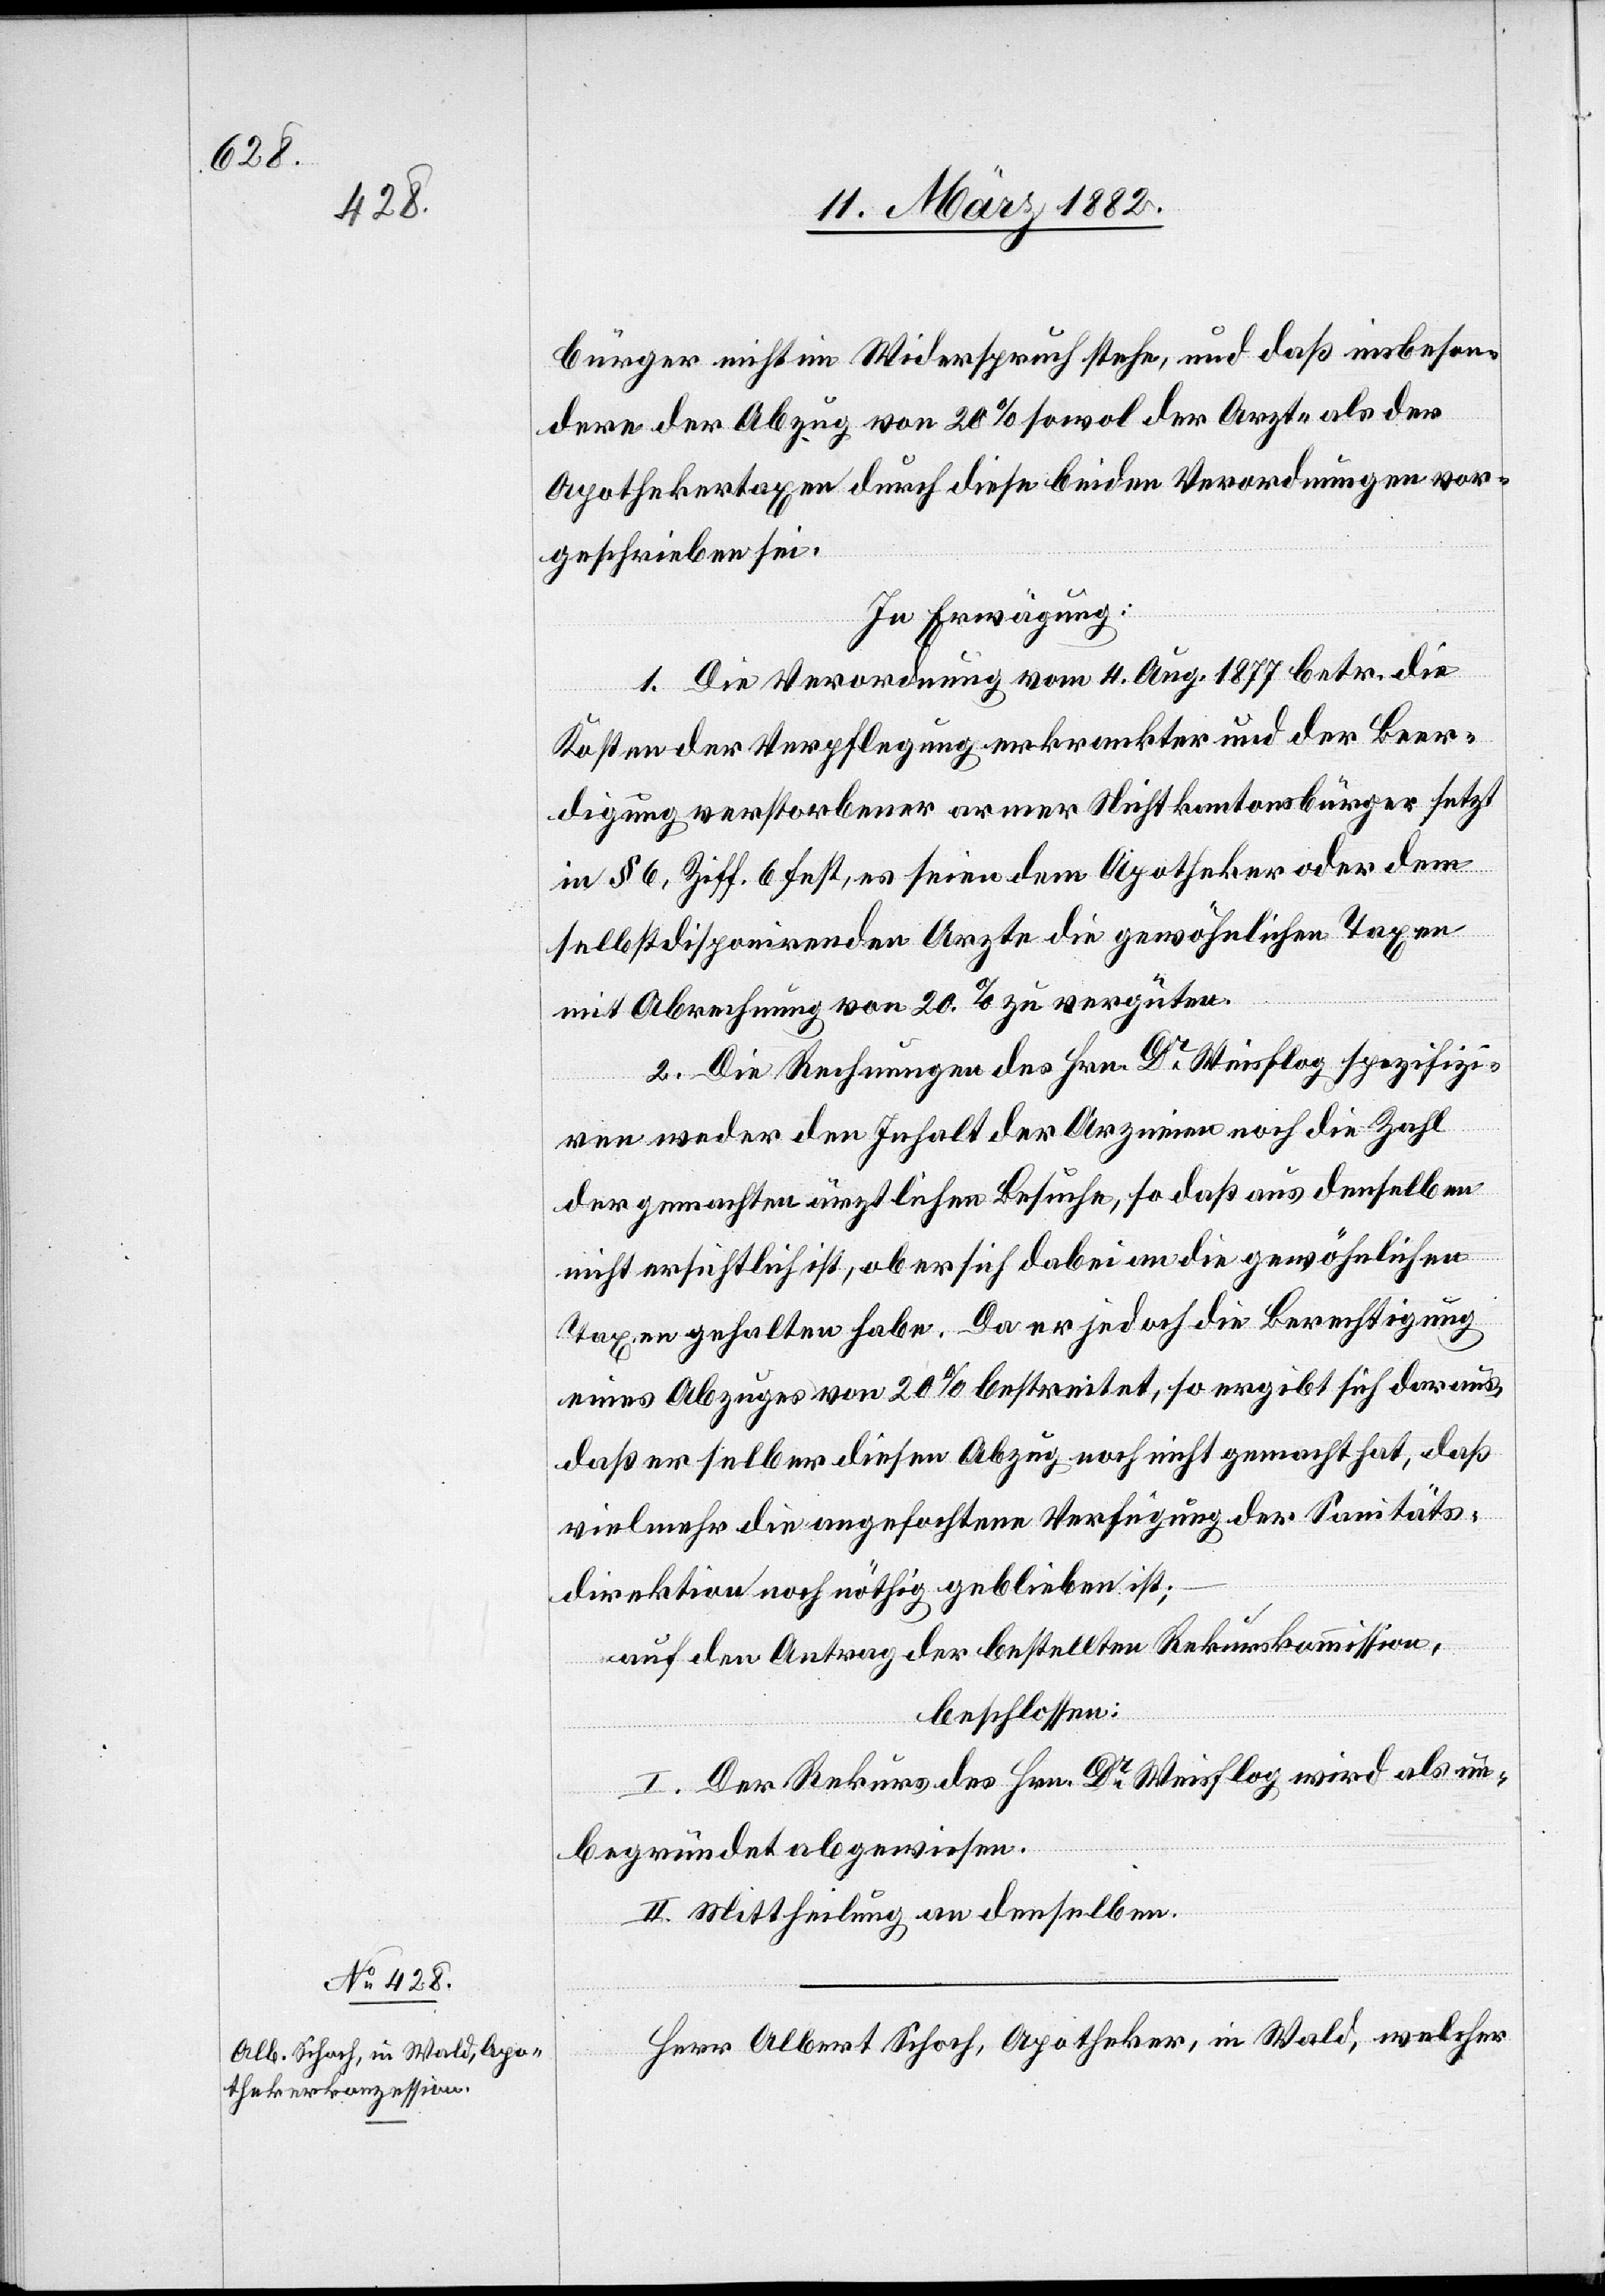
bürger nicht im Widerspruch stehe, und daß insbeson¬
dere der Abzug von 20% sowol der Arzt- als der
Apothekertaxe durch diese beiden Verordnungen vor¬
geschrieben sei.
In Erwägung:
1. Die Verordnung vom 4. Aug. 1877 betr. die
Kosten der Verpflegung erkrankter und der Beer¬
digung verstorbener armer Nichtkantonsbürger setzt
in § 6, Ziff. 6 fest, es seien dem Apotheker oder dem
selbstdisponierenden Arzte die gewöhnliche Taxe
mit Abrechnung von 20% zu vergüten.
2. Die Rechnungen des Hrn. Dr Weisflog spezifizi¬
ren weder den Inhalt der Arzneien noch die Zahl
der gemachten ärztlichen Besuche, so daß aus denselben
nicht ersichtlich ist, ob er sich dabei an die gewöhnlichen
Taxen gehalten habe. Da er jedoch die Berechtigung
eines Abzuges von 20% bestreitet, so ergibt sich daraus,
daß er selber diesen Abzug noch nicht gemacht hat, daß
vielmehr die angefochtene Verfügung der Sanitäts¬
direktion noch nöthig geblieben ist;
auf den Antrag der bestellten Rekurskommission,
beschlossen:
I. Der Rekurs des Hrn. Dr Weisflog, wird als un¬
begründet abgewiesen.
II. Mittheilung an denselben.
Herr Albert Schoch, Apotheker, in Wald, welcher